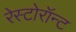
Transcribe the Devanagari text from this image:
रेस्टोरॉन्ट